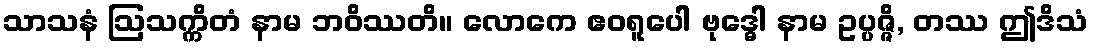
သာသနံ ဩသက္ကိတံ နာမ ဘဝိဿတိ။ လောကေ ဧဝရူပေါ ဗုဒ္ဓေါ နာမ ဥပ္ပဇ္ဇိ, တဿ ဤဒိသံ